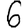
Digit: 6